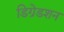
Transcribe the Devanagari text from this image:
डिग्रेडशन